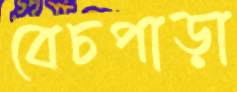
বেচপাড়া